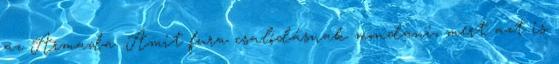
az Armada. Amit fura csalódásnak mondani, mert azt is